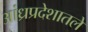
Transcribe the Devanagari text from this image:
आंध्रप्रदेशातले